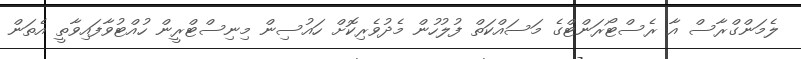
ލެމަންގްރާސް އާ ރެސްޓޯރަންޓްގެ މަަސައްކަތް ފުލުހުން މެދުވެރިކޮށް ހައުސިން މިނިސްޓްރީން ހުއްޓުވާފައިވާތީ އެތަން